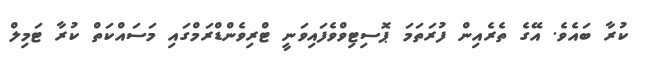
ކުރާ ބައެވެ. އޭގެ ތެރެއިން ފުރަތަމަ ޕޮސިޓިވްވެފައިވަނީ ޓްރިވެންޑްރަމްގައި މަސައްކަތް ކުރާ ޓަމިލް